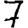
Digit: 7